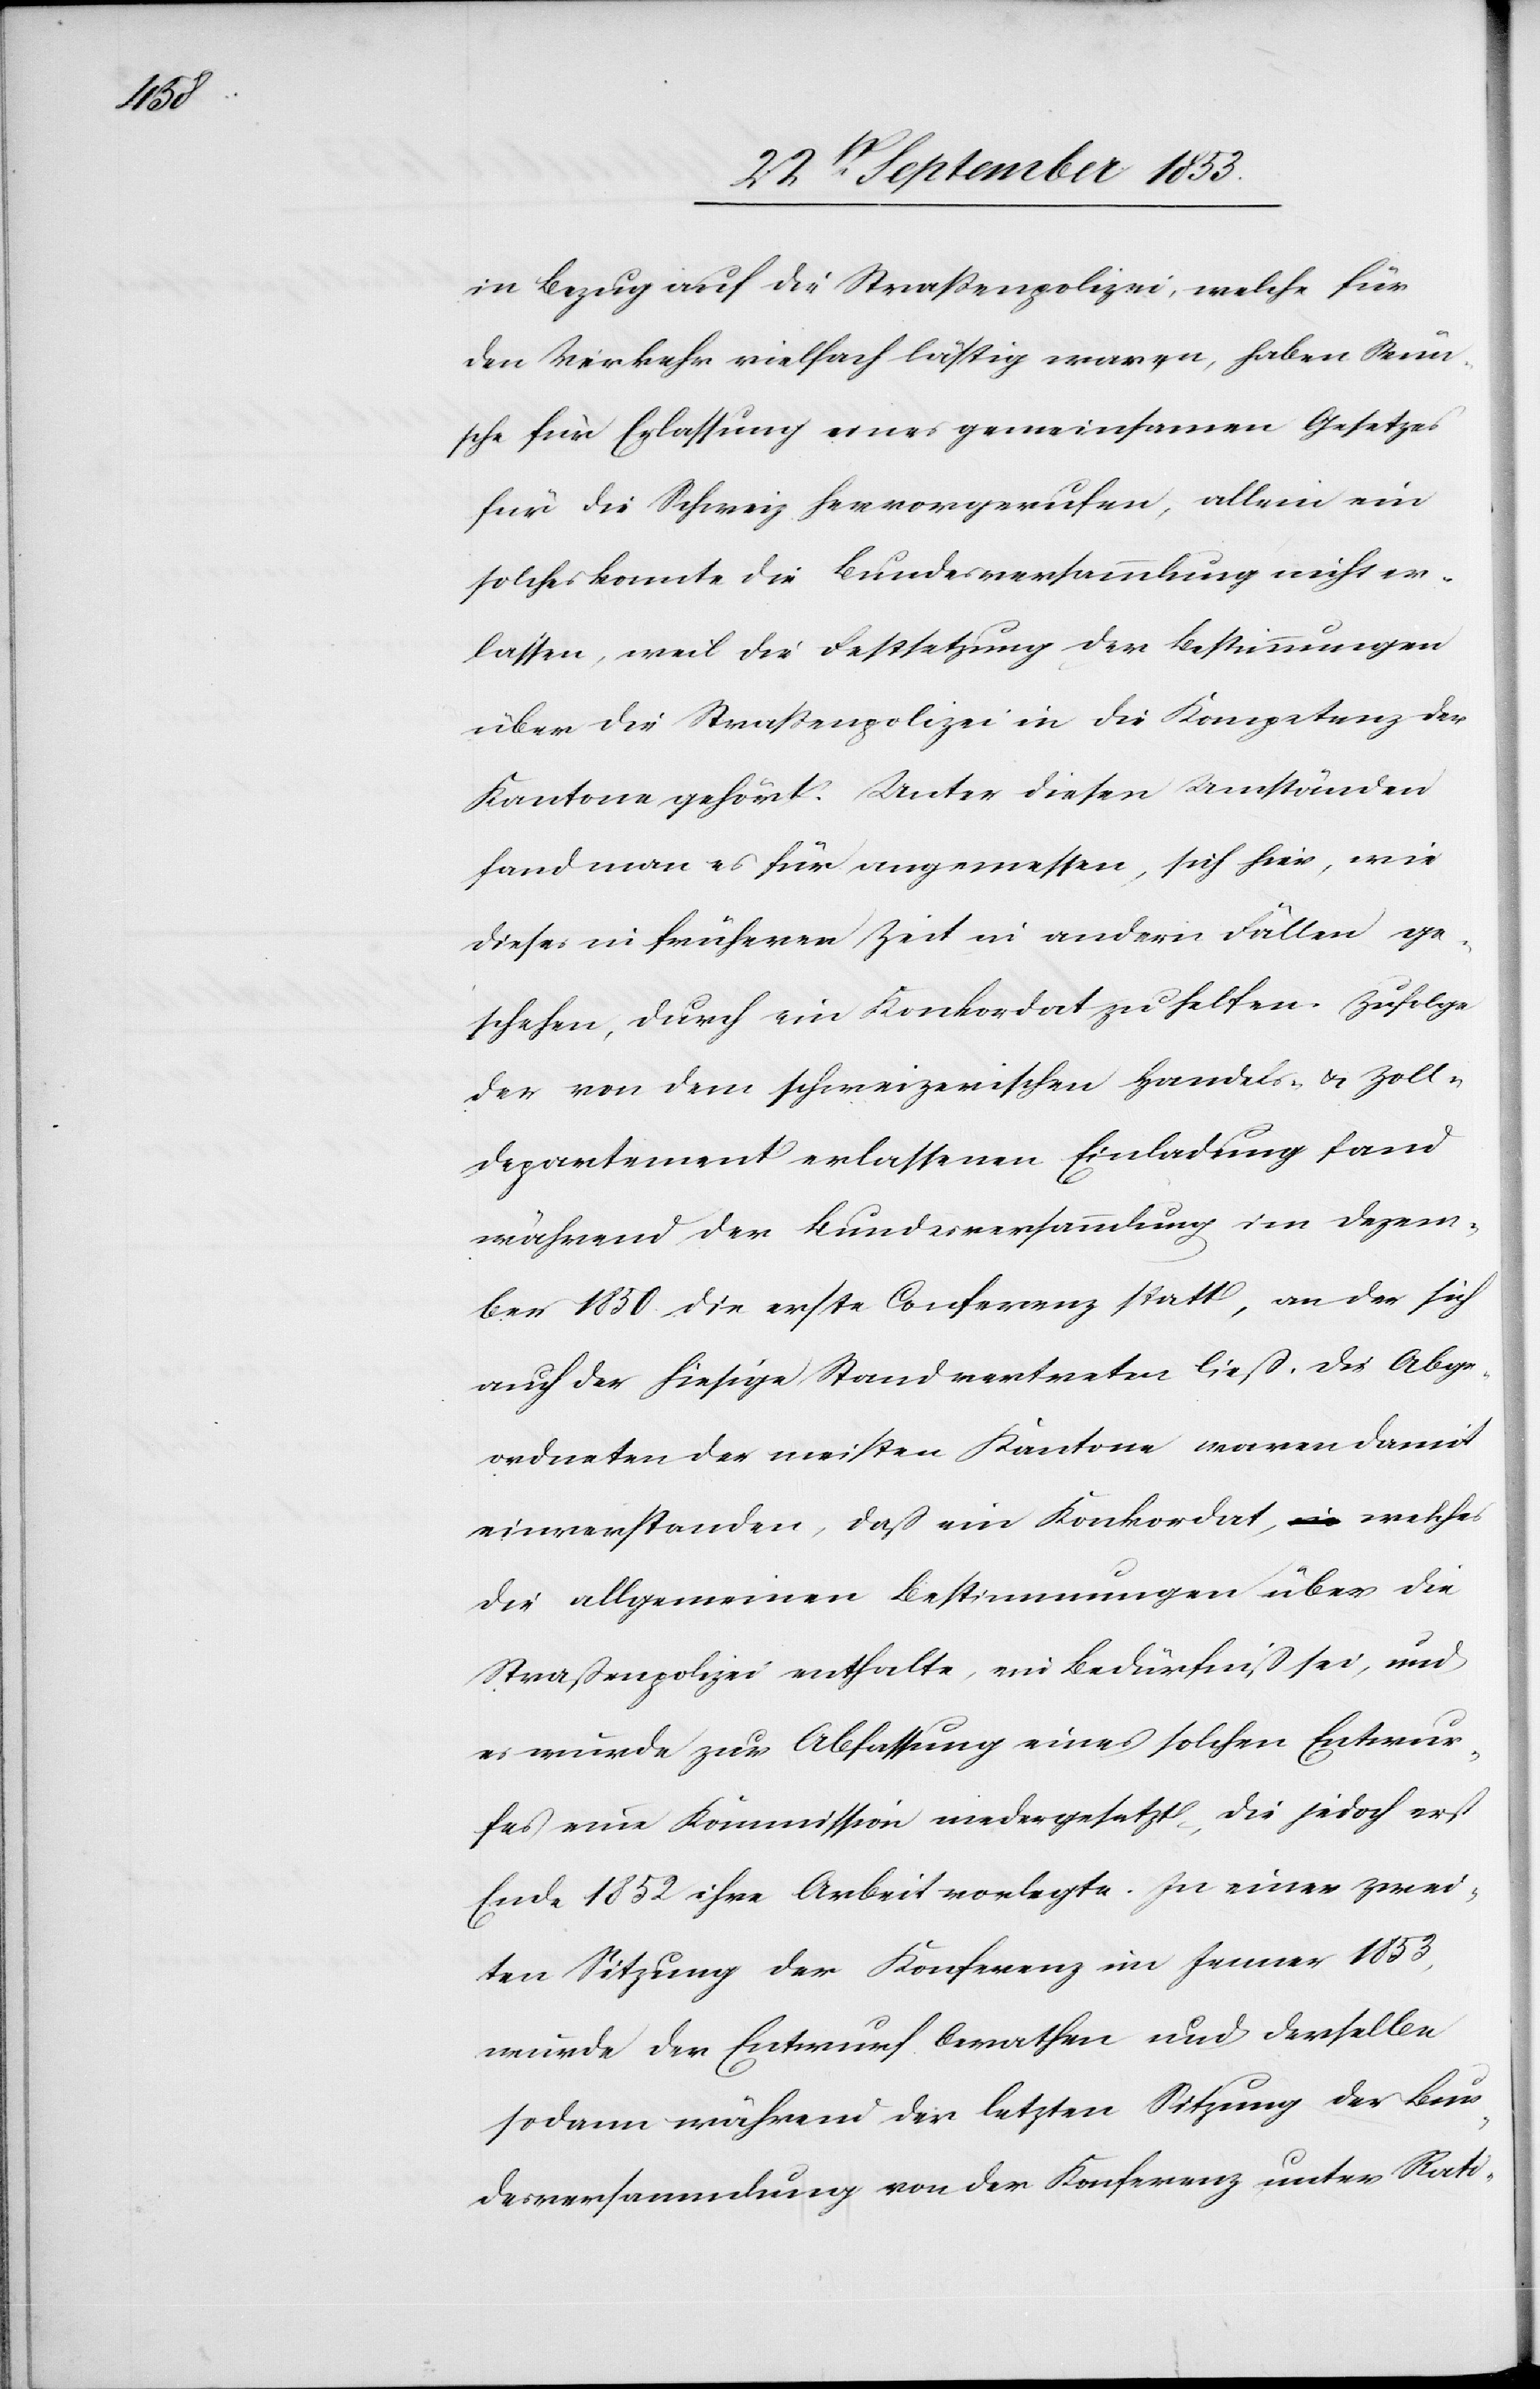
in Bezug auf die Straßenpolizei, welche für
den Verkehr vielfach lästig waren, haben Wün¬
sche für Erlassung eines gemeinsamen Gesetzes
für die Schweiz hervorgerufen, allein ein
solches konnte die Bundesversammlung nicht er¬
lassen, weil die Festsetzung der Bestimmungen
über die Straßenpolizei in die Kompetenz der
Kantone gehört. Unter diesen Umständen
fand man es für angemessen, sich hier, wie
dieses in früherer Zeit in andern Fällen ge¬
schehen, durch ein Konkordat zu helfen. Zufolge
der von dem schweizerischen Handels- u. Zoll¬
departement erlassenen Einladung fand
während der Bundesversammlung im Dezem¬
ber 1850 die erste Conferenz statt, an der sich
auch der hiesige Stand vertreten ließ. Die Abge¬
ordneten der meisten Kantone waren damit
einverstanden, daß ein Konkordat, welches
die allgemeinen Bestimmungen über die
Straßenpolizei enthalte, im Bedürfniß sei, und
es würde zur Ablassung eines solchen Entwur¬
fes eine Kommission niedergesetzt, die jedoch erst
Ende 1852 ihre Arbeit vorlegte. In einer zwei¬
ten Sitzung der Konferenz im Jenner 1853,
wurde der Entwurf berathen und derselbe
sodann während der letzten Sitzung der Bun¬
desversammlung von der Konferenz unter Rati-